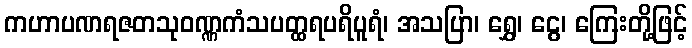
ကဟာပဏရဇတသုဝဏ္ဏကံသပတ္ထရပရိပူရံ၊ အသပြာ၊ ရွှေ၊ ငွေ၊ ကြေးတို့ဖြင့်